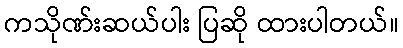
ကသိုဏ်းဆယ်ပါး ပြဆို ထားပါတယ်။